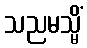
သညမသ္မိံ